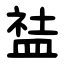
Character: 䀅